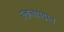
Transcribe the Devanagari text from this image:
रक्तचापग्रस्त